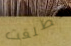
تطلقت